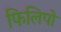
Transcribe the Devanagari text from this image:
फिलिपो